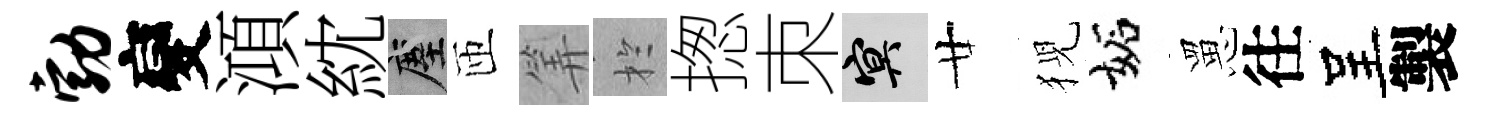
勃變澒紞塵匝筭扵揔朿冥廿猊妬罳往呈製